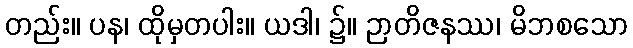
တည်း။ ပန၊ ထိုမှတပါး။ ယဒါ၊ ၌။ ဉာတိဇနဿ၊ မိဘစသော